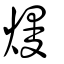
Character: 熳